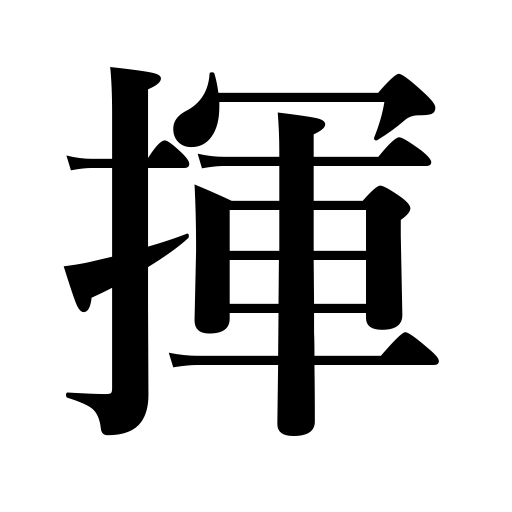
Meanings: be invigorated,flourish,be spirited,brandish,wield,shake